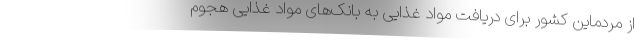
از مردماین کشور برای دریافت مواد غذایی به بانک‌های مواد غذایی هجوم